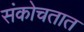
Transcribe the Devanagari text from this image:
संकोचतात